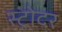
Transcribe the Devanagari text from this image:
स्ट्रोदर